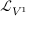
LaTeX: { \mathcal { L } } _ { V ^ { 1 } }